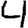
Digit: 4